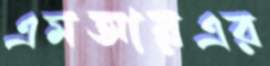
এমআরএর